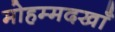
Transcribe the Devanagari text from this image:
मोहम्मदखाँ